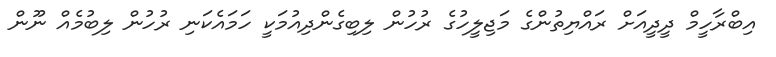
އިބްރާހީމް ދީދީއަށް ރައްޔިތުންގެ މަޖިލީހުގެ ރުހުން ލިބިގެންދިއުމަކީ ހަމައެކަނި ރުހުން ލިބުމެއް ނޫން